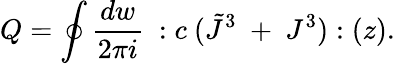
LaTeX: Q=\oint{\frac{dw}{2\pi i}}~:c~(\tilde{J}^{3}~+~J^{3}):(z).